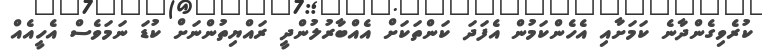
ކުރެވިގެންދާނެ ކަމަށާއި އެހެންކަމުން އެފަދަ ކަންތަކަށް އެއްބާރުލުންދީ ރައްޔިތުންނަށް ކުޑަ ނަމަވެސް އެހީއެއް